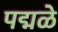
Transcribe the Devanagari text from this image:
पद्मळे